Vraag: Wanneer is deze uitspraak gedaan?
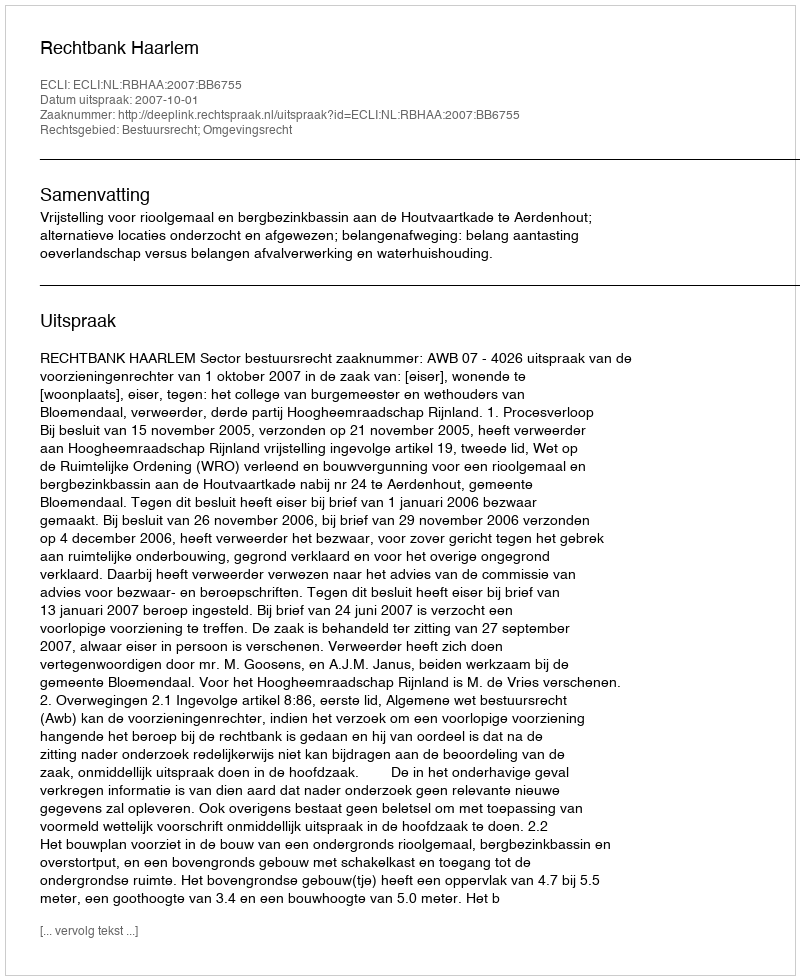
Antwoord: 2007-10-01